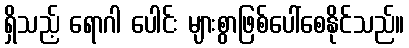
ရှိသည့် ရောဂါ ပေါင်း များစွာဖြစ်ပေါ်စေနိုင်သည်။